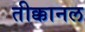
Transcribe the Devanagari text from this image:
तीक्कानल